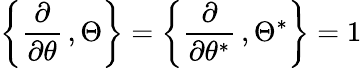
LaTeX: \left\{ {\frac{\partial}{\partial\theta}}\, ,\Theta\right\} =\left\{ {\frac{\partial}{\partial\theta^{*}}}\, ,\Theta^{*}\right\} =1